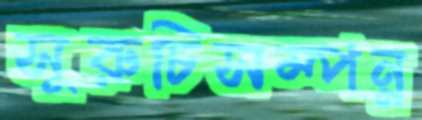
সুরুচিসম্পন্ন